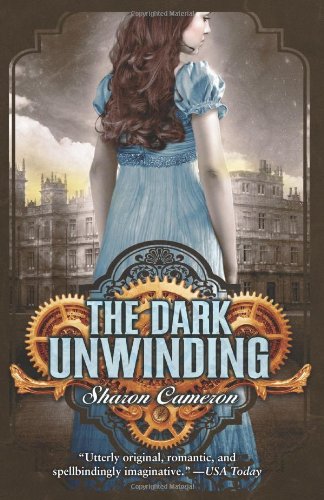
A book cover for The Dark Unwinding; Sharon Cameron; Teen & Young Adult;